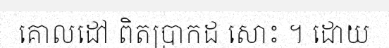
គោលដៅ ពិតប្រាកដ សោះ ។ ដោយ